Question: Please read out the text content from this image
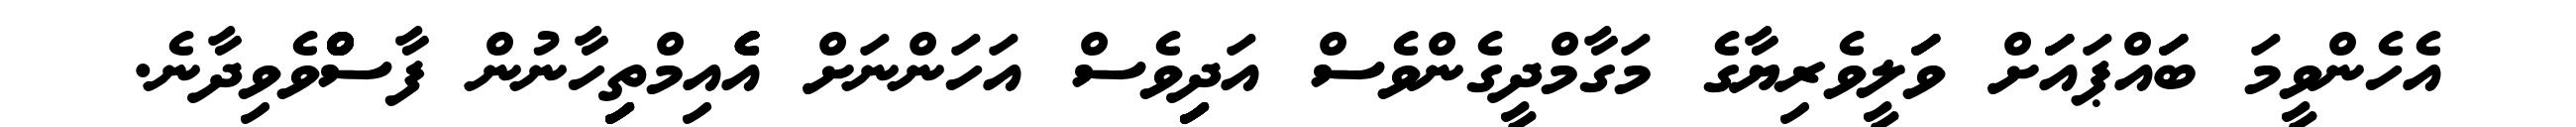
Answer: އެހެންވީމަ ބަަައްޕައަަަށް ވަަަލީވެރިޔާގެ މަގާމްދީގެންވެސް އަދިިިިިވެސް އަހަންނަށް އެެެެެއިމްތިިިިިިހާނުން ފާސްްްްްްްްްވެވިދާނެ.